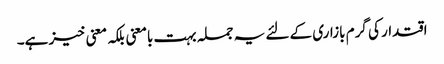
اقتدار کی گرم بازاری کے لئے یہ جملہ بہت بامعنی بلکہ معنی خیز ہے۔